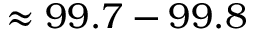
\approx 9 9 . 7 - 9 9 . 8 \